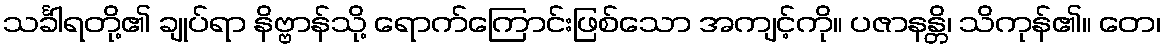
သင်္ခါရတို့၏ ချုပ်ရာ နိဗ္ဗာန်သို့ ရောက်ကြောင်းဖြစ်သော အကျင့်ကို။ ပဇာနန္တိ၊ သိကုန်၏။ တေ၊